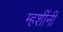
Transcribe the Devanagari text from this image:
म्हशींनी